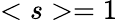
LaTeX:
=1